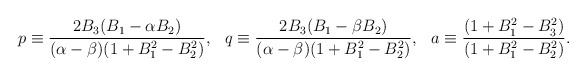
\begin{align*}p \equiv \frac{ 2 B_3 (B_1 - \alpha B_2) } { ( \alpha - \beta ) (1 + B_1^2 - B_2^2) }, \hspace{0.3cm} q \equiv \frac{ 2 B_3 (B_1 - \beta B_2) } { ( \alpha - \beta ) (1 + B_1^2 - B_2^2) }, \hspace{0.3cm} a \equiv \frac{ (1 + B_1^2 - B_3^2)}{(1 + B_1^2 - B_2^2)}.\end{align*}